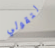
لتقولي